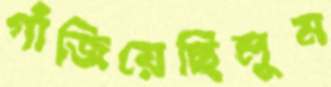
গাঁজিয়েছিলুম